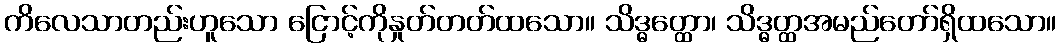
ကိလေသာတည်းဟူသော ငြောင့်ကိုနှုတ်တတ်ထသော။ သိဒ္ဓတ္ထော၊ သိဒ္ဓတ္ထအမည်တော်ရှိထသော။